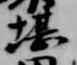
堪